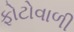
ફોટોવાળી